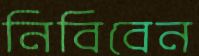
নিবিবেন